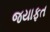
જયાફત